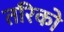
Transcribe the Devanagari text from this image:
तरिको